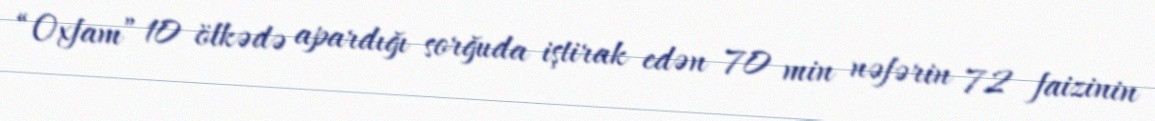
“Oxfam” 10 ölkədə apardığı sorğuda iştirak edən 70 min nəfərin 72 faizinin